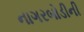
નાગરબોડીની